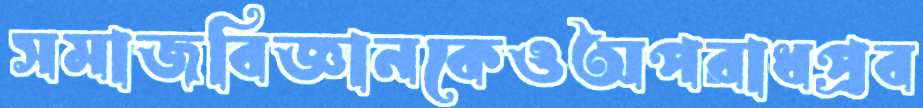
সমাজবিজ্ঞানকেওঅপরাধপ্রব